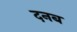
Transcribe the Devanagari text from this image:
दनब